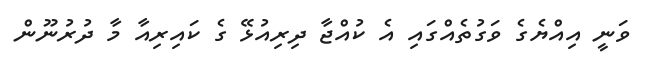
ވަނީ އިއްޔެގެ ވަގުތެއްގައި އެ ކުއްޖާ ދިރިއުޅޭ ގެ ކައިރިއާ މާ ދުރުނޫން